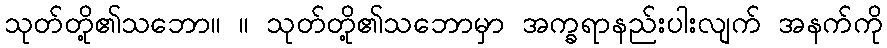
သုတ်တို့၏သဘော။ ။ သုတ်တို့၏သဘောမှာ အက္ခရာနည်းပါးလျက် အနက်ကို